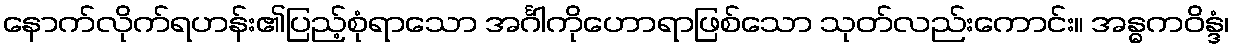
နောက်လိုက်ရဟန်း၏ပြည့်စုံရာသော အင်္ဂါကိုဟောရာဖြစ်သော သုတ်လည်းကောင်း။ အန္ဓကဝိန္ဒံ၊